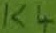
Text: K4